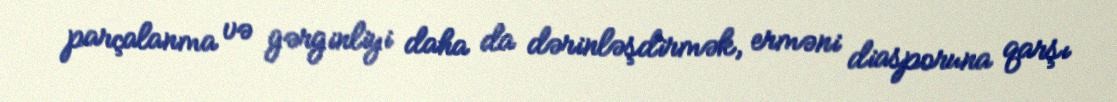
parçalanma və gərginliyi daha da dərinləşdirmək, erməni diasporuna qarşı